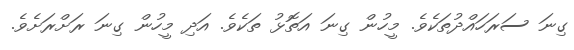
ގިނަ ސަރަހައްދުތަކެވެ. މީހުން ގިނަ އަތޮޅު ތަކެވެ. އަދި މީހުން ގިނަ ރަށްރަށެވެ.